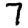
Digit: 7